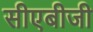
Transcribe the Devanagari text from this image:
सीएबीजी